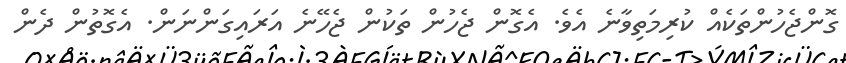
ގޮންޖެހުންތަކެއް ކުރިމަތިވާނެ އެވެ. އެގޮން ޖެހުން ތަކުން ޖެހޭނެ އަރައިގަންނަން. އެގޮތުން ދެން